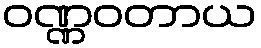
ဝဏ္ဏဝတာယ